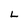
Character: L